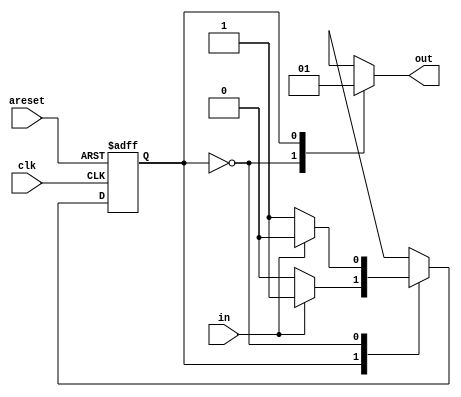
module top_module(
    input clk,
    input areset,    // Asynchronous reset to state B
    input in,
    output out);//  

        // Fill in state name declarations
    parameter A = 1'b0;
    parameter B = 1'b1;

    reg present_state, next_state;

    always @(posedge clk or posedge areset) begin
        if (areset) begin  
            // Fill in reset logic
            present_state <= B;
        end else begin
            present_state <= next_state;
        end
    end
    
    
    always @(*) begin
        // Transition logic
        case(present_state)
            B: next_state = in == 1'b1 ? B : A;
            A: next_state = in == 1'b1 ? A : B;
        endcase
        
        case(present_state)
            A: out = 1'b0;
            B: out = 1'b1;
        endcase
    end

endmodule